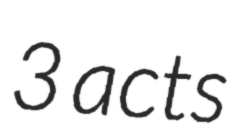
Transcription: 3 acts